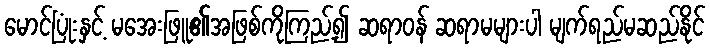
မောင်ပြုံးနှင့် မအေးဖြူ၏အဖြစ်ကိုကြည့်၍ ဆရာဝန် ဆရာမများပါ မျက်ရည်မဆည်နိုင်